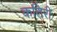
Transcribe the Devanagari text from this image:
कतिरी